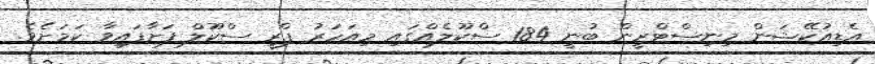
އެޑިއުކޭޝަން މިނިސްޓްރީން ބުނީ 184 ސްކޫލެއްގައި މިއަހަރު ޕްރީ ސްކޫލް ފަށާފައިވާ ކަމަށެވެ.